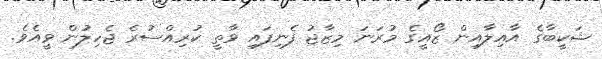
ޝަކީބާގެ އާއިލާއިން ޒޯއީގެ މުރަނަ މިޒާޖު ފެނިފައި ވާތީ ކުރިއްސުރެ ޖެހިލުން ވީއެވެ.